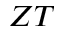
Z T